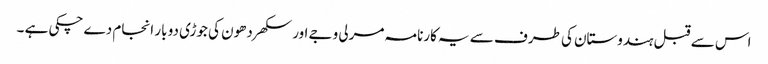
اس سے قبل ہندوستان کی طرف سے یہ کارنامہ مرلی وجے اور سکھر دھون کی جوڑی دو بار انجام دے چکی ہے ۔